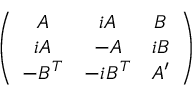
\left( \begin{array} { c c c } { { A } } & { { i A } } & { { B } } \\ { { i A } } & { { - A } } & { { i B } } \\ { { - B ^ { T } } } & { { - i B ^ { T } } } & { { A ^ { \prime } } } \end{array} \right)